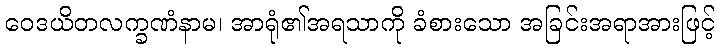
ဝေဒယိတလက္ခဏံနာမ၊ အာရုံ၏အရသာကို ခံစားသော အခြင်းအရာအားဖြင့်